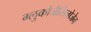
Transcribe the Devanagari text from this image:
ग्लुकोजैसिनोजेन